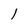
Character: l